Scottish Leaving Certificate Examination, 1952
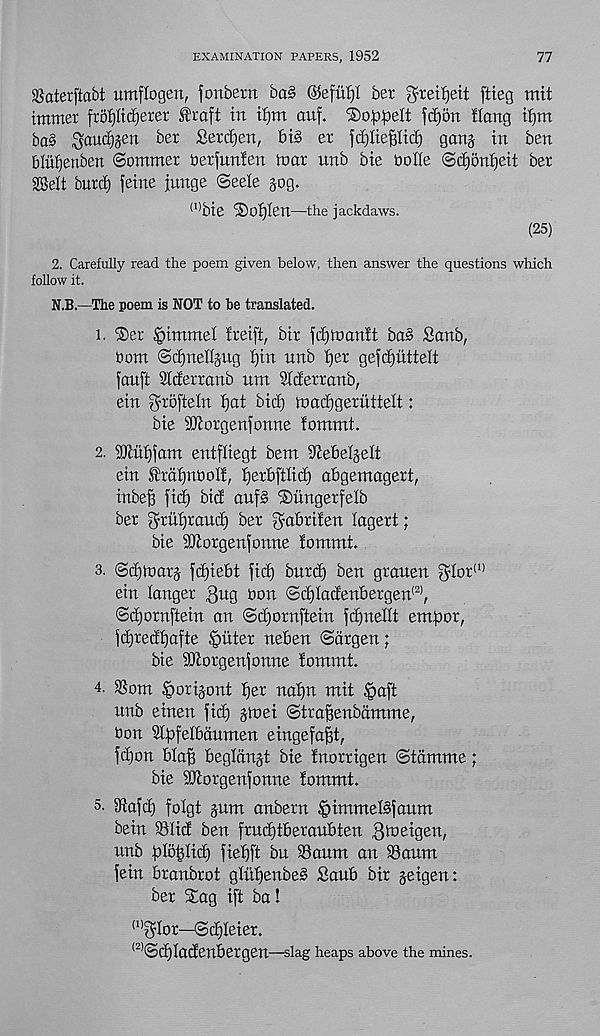
EXAMINATION PAPERS, 1952
77
Saterftabt umflogen, fonbern ba§
ber gteifjeit ftieg tnit
tmmer froI)ttd)erer I'raft in t{)m auf. ®oppeIt fdjon Hang tijm
ba§ ^aud)§en ber Serdjen, big er fcfjliefjltd) gang in ben
blufjenben ©ommer berfunfen tnar unb bie bolle ©tfjonfjeit ber
Sffielt bnrdf) feine junge ©eele jog.
(1) bie iDo^Ien—-the jackdaws.
(25)
2. Carefully read the poem given below, then answer the questions which
follow it.
N.B.—The poem is NOT to be translated.
1. ®er §immel freift, bir fdjinanft bag Sanb,
bom (Sdjnettjug I)in unb fjer gefdjnttelt
jauft Slderrgnb nnt Slderranb,
ein grofteln I)at bid) tnac£)geruttelt:
bie 9ttorgenfonne fommt.
2. 5Kni)jam entfliegt bent diebefjeit
ein fraijnbol!, ijerbftiici) abgemagert,
inbefi fid) bid anfg ®lingerfelb
ber gritljraud) ber gabrilen lagert;
bie DJlorgenfonne !omntt.
3. @d))narj fd)iebt fid) bnrd) ben grauen glor' 1 ’
ein longer gug bon @d)Iadenbergen (2) ,
®d)ornftein an ©djornftein fdjnellt entftor,
fd)redl)afte fitter neben ©drgen;
bie iKorgenfonne fommt.
4- S3 out ^orijont f)er nafjn mit ^aft
unb einen fid) jioei ©trafjenbdmme,
bon Slfifelbdumen eingefafjt,
fdjon bla§ begldnjt bie fnorrigen ©tdmme;
bie iOlorgenfonne lommt.
s. 9iafd) folgt jum anbern §intmelgfaunt
bein 931td ben frudjtberaubten 3^eigen,
unb ftlo^lid) fiebft bn Sauna an Sauna
fein branbrot glitfjenbeg Saub bir jeigen:
ber Sag ift ba!
'’’^lor—©deleter.
(2, ©d)ladenbergen—-slag heaps above the mines.